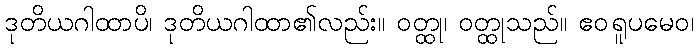
ဒုတိယဂါထာပိ၊ ဒုတိယဂါထာ၏လည်း။ ဝတ္ထု၊ ဝတ္ထုသည်။ ဧဝရူပမေဝ၊